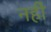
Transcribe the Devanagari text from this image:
नहीं